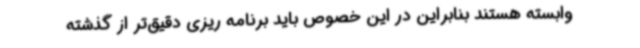
وابسته هستند بنابراین در این خصوص باید برنامه ریزی دقیق‌تر از گذشته